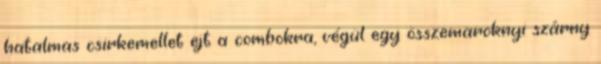
hatalmas csirkemellet ejt a combokra, végül egy összemaroknyi szárny